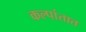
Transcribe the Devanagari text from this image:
कल्पांतात